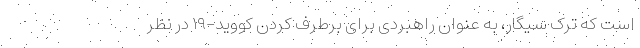
است که ترک سیگار، به عنوان راهبردی برای برطرف کردن کووید-۱۹ در نظر